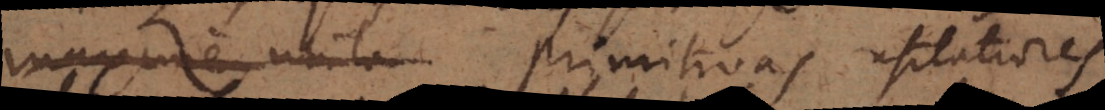
primitivas usitatiores